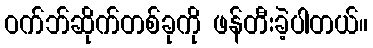
ဝက်ဘ်ဆိုက်တစ်ခုကို ဖန်တီးခဲ့ပါတယ်။